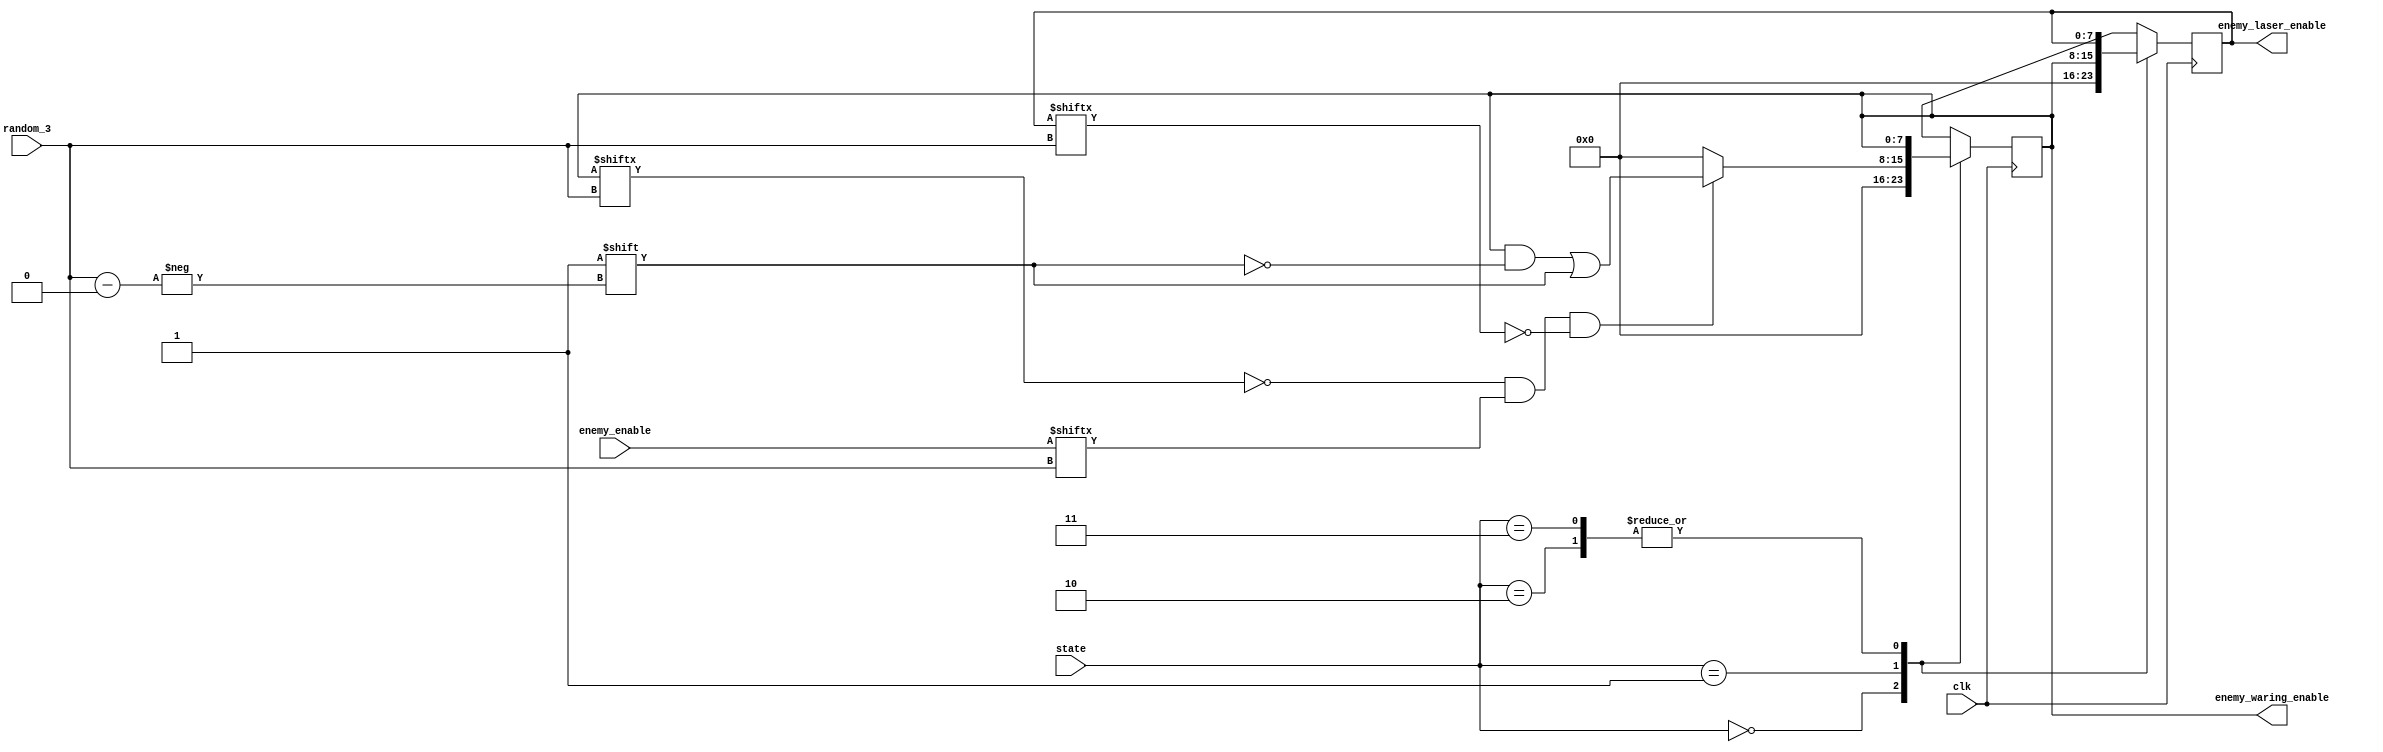
module enemy_laser_controller(
	input clk,
	input [2:0] random_3,
	input [1:0] state,
	input [7:0] enemy_enable,
	output reg [7:0] enemy_waring_enable,
	output reg [7:0] enemy_laser_enable
);	
	always @(posedge clk) begin
		case(state)
			0:	enemy_waring_enable <= 0;
			1:	if(enemy_waring_enable[random_3]==0 && enemy_enable[random_3]==1 && enemy_laser_enable[random_3]==0) enemy_waring_enable[random_3] <= 1;
				else enemy_waring_enable <= 0;
			2:	enemy_waring_enable <= enemy_waring_enable;
			3:	enemy_waring_enable <= enemy_waring_enable;
		endcase
	end
	
	always @(posedge clk) begin
		case(state)
			0:	enemy_laser_enable <= 0;
			1:	enemy_laser_enable <= enemy_waring_enable;
			2:	enemy_laser_enable <= enemy_laser_enable;
			3:	enemy_laser_enable <= enemy_laser_enable;
		endcase
	end
endmodule